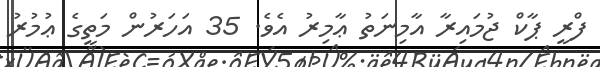
ފްރީ ޕާކް ޖުމައިރާ އާމިނަތު ޢާމިރު އެވެ. 35 އަހަރުން މަތީގެ ޢުމުރު